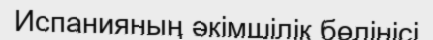
Испанияның әкімшілік бөлінісі